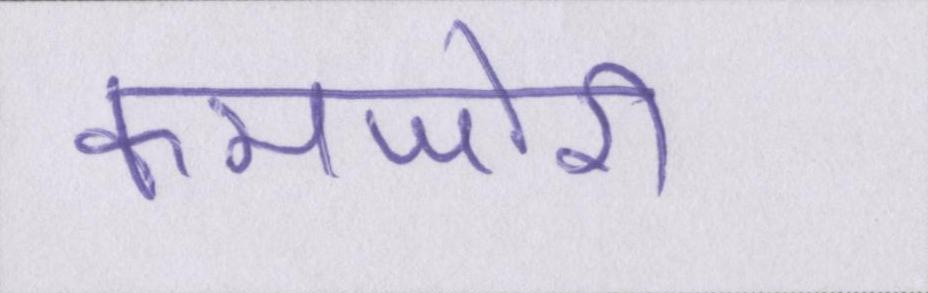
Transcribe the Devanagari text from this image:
कमजोरी